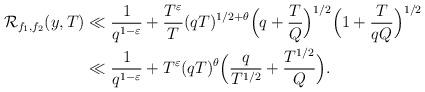
LaTeX: \begin{align*}\mathcal{R}_{f_1, f_2}(y, T) & \ll \frac{1}{q^{1-\varepsilon}} + \frac{T^{\varepsilon}}{T}(qT)^{1/2 + \theta} \Big(q + \frac{T}{Q}\Big)^{1/2}\Big( 1+ \frac{T}{qQ}\Big)^{1/2}\\&\ll \frac{1}{q^{1-\varepsilon}} + T^{\varepsilon}(qT)^{\theta}\Big( \frac{q}{T^{1/2}} + \frac{T^{1/2}}{Q}\Big).\end{align*}